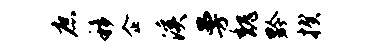
庶移企溪曼魏黔揆